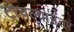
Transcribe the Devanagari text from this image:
टोचल्यानंतर